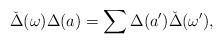
LaTeX: \begin{align*} \check{\Delta}(\omega) \Delta(a)= \sum \Delta(a')\check{\Delta}(\omega'), \end{align*}